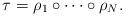
LaTeX: \begin{align*}\tau = \rho_1 \circ \cdots \circ \rho_N .\end{align*}